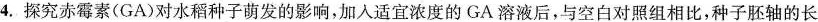
4.探究赤霉素(GA)对水稻种子萌发的影响，加入适宜浓度的GA溶液后,与空白对照组相比,种子胚轴的长